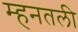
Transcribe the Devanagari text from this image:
म्हनतली